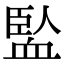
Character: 𧗄